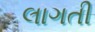
લાગતી